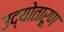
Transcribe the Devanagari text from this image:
उद्योतारूण